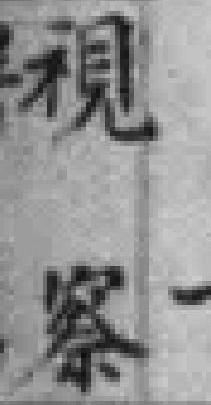
視察